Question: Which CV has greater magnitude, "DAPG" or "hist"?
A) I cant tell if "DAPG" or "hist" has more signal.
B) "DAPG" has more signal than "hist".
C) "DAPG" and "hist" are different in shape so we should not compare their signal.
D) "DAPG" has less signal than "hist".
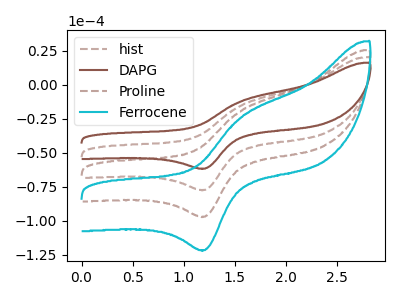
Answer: <think>The brown dashed curve "hist" has an anodic peak at (1.55V, -15.10uA) and a cathodic peak at (1.20V, -77.40uA). The brown curve "DAPG" has an anodic peak at (1.55V, -12.05uA) and a cathodic peak at (1.20V, -61.70uA). The brown dashed curve "Proline" has an anodic peak at (1.55V, -30.20uA) and a cathodic peak at (1.20V, -154.75uA). The cyan curve "Ferrocene" has an anodic peak at (1.55V, -45.25uA) and a cathodic peak at (1.20V, -232.15uA).
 All the peaks in "DAPG" have a peak in "hist" at the same potential.</think>
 <answer>A) I cant tell if "DAPG" or "hist" has more signal.</answer>
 <eval>A</eval>